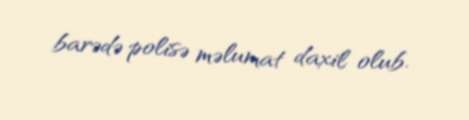
barədə polisə məlumat daxil olub.